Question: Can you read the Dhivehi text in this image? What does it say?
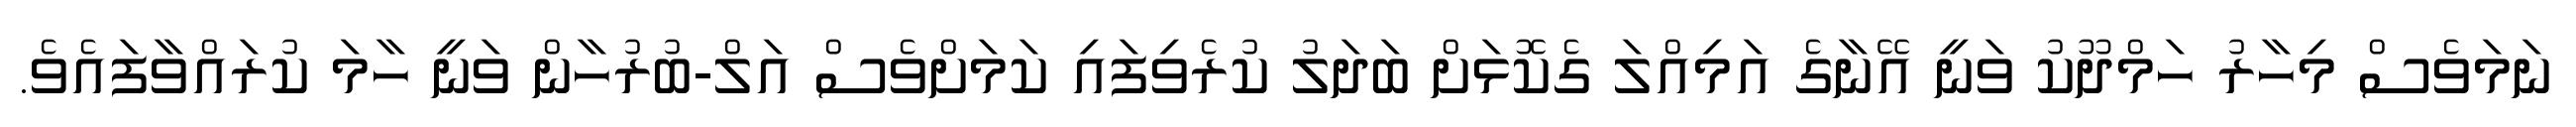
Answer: ނަމަވެސް މިހާރު ހަމްދޫކު ވަނީ އޭނާގެ އަމިއްލަ ގެކޮޅަށް ބަދަލު ކުރެވިފައި ކަމަށްވެސް އަލް-ބުރުހާން ވަނީ ހާމަ ކުރައްވާފައެވެ.